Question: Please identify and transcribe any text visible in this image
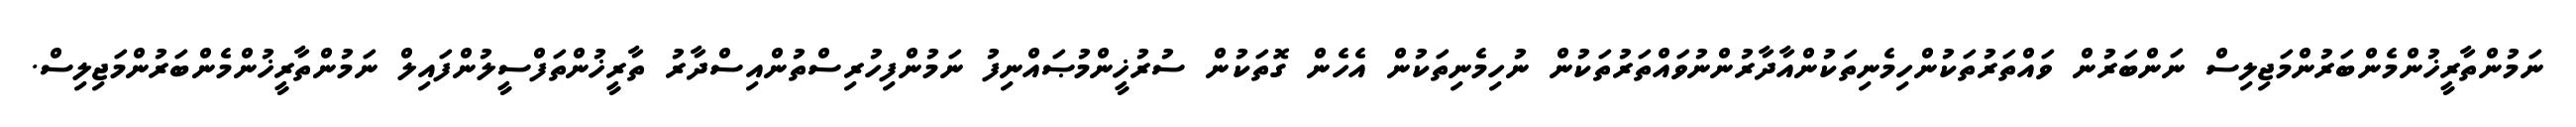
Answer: ނަމުންތާރީޚުންމެންބަރުންމަޖިލިސް ނަންބަރުން ވައްތަރުތަކުންހިމެނިތަކުންއާދާރުންނުވައްތަރުތަކުން ނުހިމެނިތަކުން އެހެން ގޮތަކުން ސުރުޚީންމުޞައްނިފު ނަމުންފިހުރިސްތުންއިސްދާރު ތާރީޚުންތަފްސީލުންފައިލް ނަމުންތާރީޚުންމެންބަރުންމަޖިލިސް.